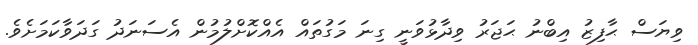
ވިޔަސް ޙާފިޒު އިބްނު ޙަޖަރު ވިދާޅުވަނީ ގިނަ މަގުތައް އެއްކޮށްލުމުން އެސަނަދު ގަދަވާކަމަށެވެ.